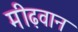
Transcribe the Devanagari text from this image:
मीढ़वान